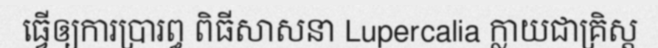
ធ្វើឲ្យការប្រារព្ធ ពិធីសាសនា Lupercalia ក្លាយជាគ្រិស្ត